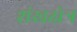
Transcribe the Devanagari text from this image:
शंखक्षेत्र